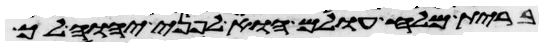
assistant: ברית מלח עולם הוא לפני יהוה לך